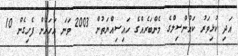
އަދި ކުޅިވަރު ކައުންސިލްގެ މެންބަރެއްގެ ހައިސިއްޔަތުން 2003 ވަނަ އަހަރުން ފެށިގެން 10